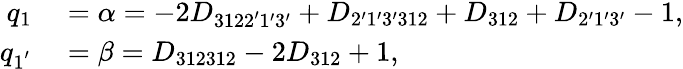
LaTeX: \begin{array}{rl}{q_{1}}&{{}=\alpha=-2{D_{3122^{\prime}1^{\prime}3^{\prime}}}+{D_{2^{\prime}1^{\prime}3^{\prime}312}}+{D_{312}}+{D_{2^{\prime}1^{\prime}3^{\prime}}}-1,}\\ {q_{1^{'}}}&{{}=\beta={D_{312312}}-2{D_{312}}+1,}\end{array}